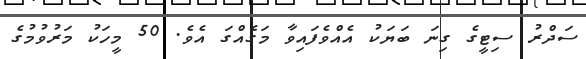
ސަދްރު ސިޓީގެ ގިނަ ބަޔަކު އެއްވެފައިވާ މަގެއްގަ އެވެ. 50 މީހަކު މަރުވުމުގެ